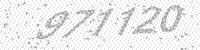
Solution: 971120